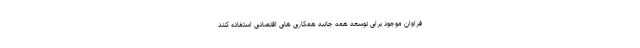
فراوان موجود برای توسعه همه جانبه همکاری های اقتصادی استفاده کنند